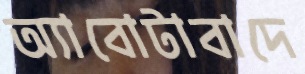
অ্যাবোটাবাদে